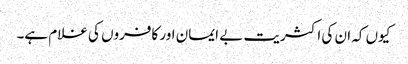
کیوں کہ ان کی اکثریت بے ایمان اور کافروں کی غلام ہے۔